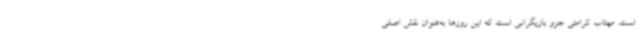
است. مهتاب کرامتی جزو بازیگرانی است که این روزها به‌عنوان نقش اصلی